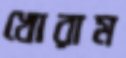
খোরাম